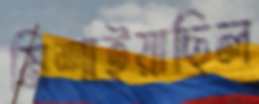
মিশাইয়াছিল